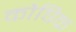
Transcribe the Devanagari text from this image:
कौषिक